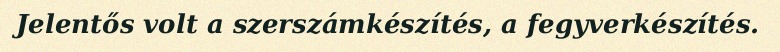
Jelentős volt a szerszámkészítés, a fegyverkészítés.